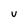
Character: U